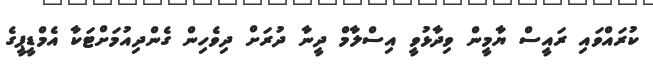
ކުރައްވައި ރައީސް ޔާމީން ވިދާޅުވީ އިސްލާމް ދީނާ ދުރަށް ދިވެހިން ގެންދިއުމަށްޓަކާ އެމްޑީޕީގެ